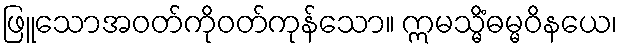
ဖြူသောအဝတ်ကိုဝတ်ကုန်သော။ ဣမသ္မိံဓမ္မဝိနယေ၊